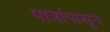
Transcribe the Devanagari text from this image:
पात्रांपासून